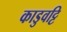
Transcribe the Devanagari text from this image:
काडुवट्टि